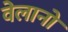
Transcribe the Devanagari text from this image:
वेलानो